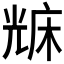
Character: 𠒥